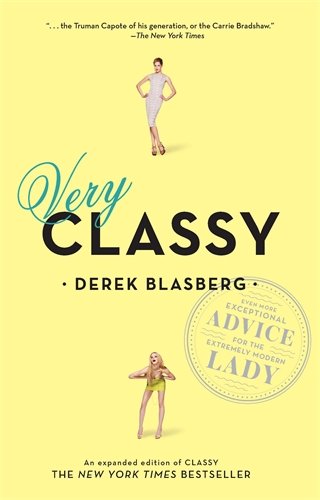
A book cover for Very Classy: Even More Exceptional Advice for the Extremely Modern Lady; Derek Blasberg; Teen & Young Adult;